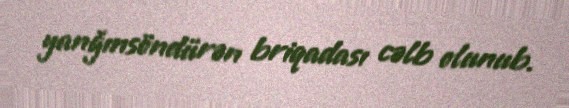
yanğınsöndürən briqadası cəlb olunub.